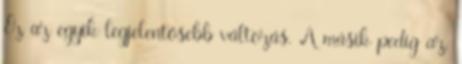
Ez az egyik legjelentősebb változás. A másik pedig az,